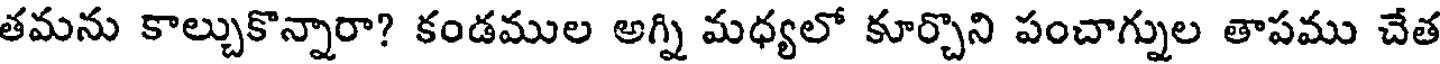
తమను కాల్చుకొన్నారా? కండముల అగ్ని మధ్యలో కూర్చొని పంచాగ్నుల తాపము చేత